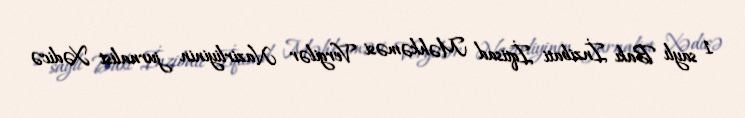
1 saylı Bakı İnzibati İqtisad Məhkəməsi Vergilər Nazirliyinin jurnalist Xədicə